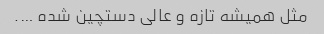
مثل همیشه تازه و عالی دستچین شده ….